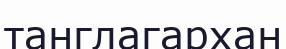
танглагархан